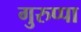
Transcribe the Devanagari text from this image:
गुरुप्पा